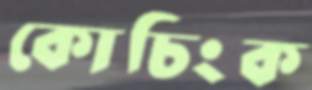
কোচিংক